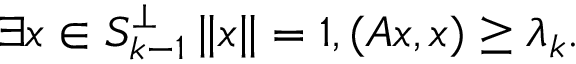
\exists x \in S _ { k - 1 } ^ { \perp } \, \| x \| = 1 , ( A x , x ) \geq \lambda _ { k } .